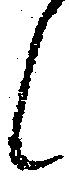
候